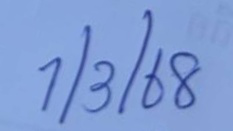
1/3/68